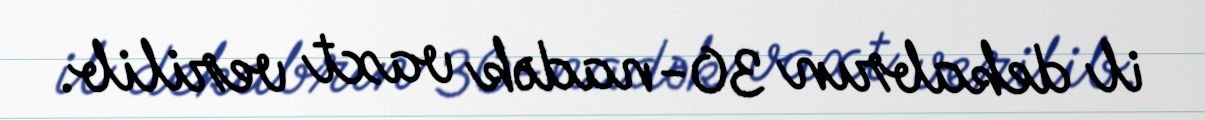
il dekabrın 30-nadək vaxt verilib.